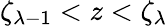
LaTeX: \zeta_{\lambda-1}<z<\zeta_{\lambda}